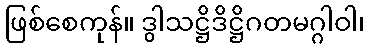
ဖြစ်စေကုန်။ ဒွါသဋ္ဌိဒိဋ္ဌိဂတမဂ္ဂါဝါ၊